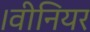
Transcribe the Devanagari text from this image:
।वीनियर